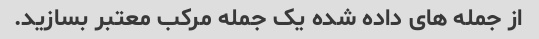
از جمله های داده شده یک جمله مرکب معتبر بسازید.